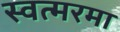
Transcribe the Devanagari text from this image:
स्वत्मरमा